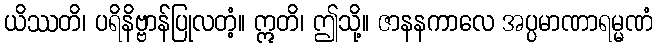
ယိဿတိ၊ ပရိနိဗ္ဗာန်ပြုလတံ့။ ဣတိ၊ ဤသို့။ ဇာနနကာလေ အပ္ပမာဏာရမ္မဏံ